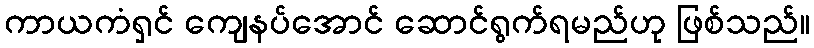
ကာယကံရှင် ကျေနပ်အောင် ဆောင်ရွက်ရမည်ဟု ဖြစ်သည်။